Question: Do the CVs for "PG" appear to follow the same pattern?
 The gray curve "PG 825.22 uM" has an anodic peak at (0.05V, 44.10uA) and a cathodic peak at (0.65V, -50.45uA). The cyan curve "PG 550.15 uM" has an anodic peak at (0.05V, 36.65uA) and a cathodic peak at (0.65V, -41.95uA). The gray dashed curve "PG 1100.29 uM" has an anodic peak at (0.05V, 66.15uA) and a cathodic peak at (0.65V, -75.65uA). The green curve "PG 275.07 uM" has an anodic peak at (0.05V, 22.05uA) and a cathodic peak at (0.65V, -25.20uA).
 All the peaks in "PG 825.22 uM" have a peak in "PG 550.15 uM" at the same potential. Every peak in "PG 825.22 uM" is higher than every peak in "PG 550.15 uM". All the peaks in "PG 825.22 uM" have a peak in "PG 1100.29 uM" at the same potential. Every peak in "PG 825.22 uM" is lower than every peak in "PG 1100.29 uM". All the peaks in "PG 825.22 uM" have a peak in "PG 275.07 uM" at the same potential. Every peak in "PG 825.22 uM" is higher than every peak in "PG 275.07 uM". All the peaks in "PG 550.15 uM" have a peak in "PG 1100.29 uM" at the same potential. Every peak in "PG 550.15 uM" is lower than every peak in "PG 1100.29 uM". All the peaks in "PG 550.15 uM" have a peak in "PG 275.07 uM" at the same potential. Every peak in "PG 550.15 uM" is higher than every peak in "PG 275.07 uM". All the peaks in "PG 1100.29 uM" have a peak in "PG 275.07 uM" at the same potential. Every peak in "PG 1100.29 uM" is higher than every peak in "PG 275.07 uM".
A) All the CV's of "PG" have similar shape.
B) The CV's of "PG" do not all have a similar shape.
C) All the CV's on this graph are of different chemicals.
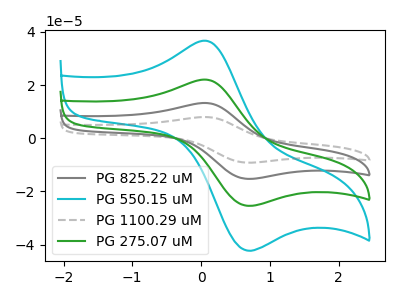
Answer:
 <answer>A) All the CV's of "PG" have similar shape.</answer>
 <eval>A</eval>